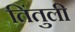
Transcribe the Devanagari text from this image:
तिंतुली